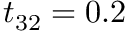
t _ { 3 2 } = 0 . 2